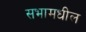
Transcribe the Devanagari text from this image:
सभामधील